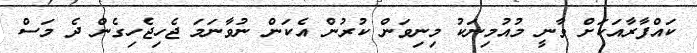
ކައްފާރާއަކަށް ވާނީ މުއުމިނަކު މިނިވަން ކުރުން އެކަން ނުވާނަމަ ޖެހިޖެހިގެން ދެ މަސް